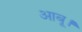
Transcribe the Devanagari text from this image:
आबू।